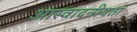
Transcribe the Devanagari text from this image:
आस्वादनीयता